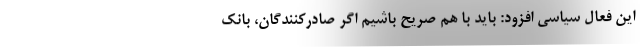
این فعال سیاسی افزود: باید با هم صریح باشیم اگر صادرکنندگان، بانک